Leaving Certificate Examination, 1923
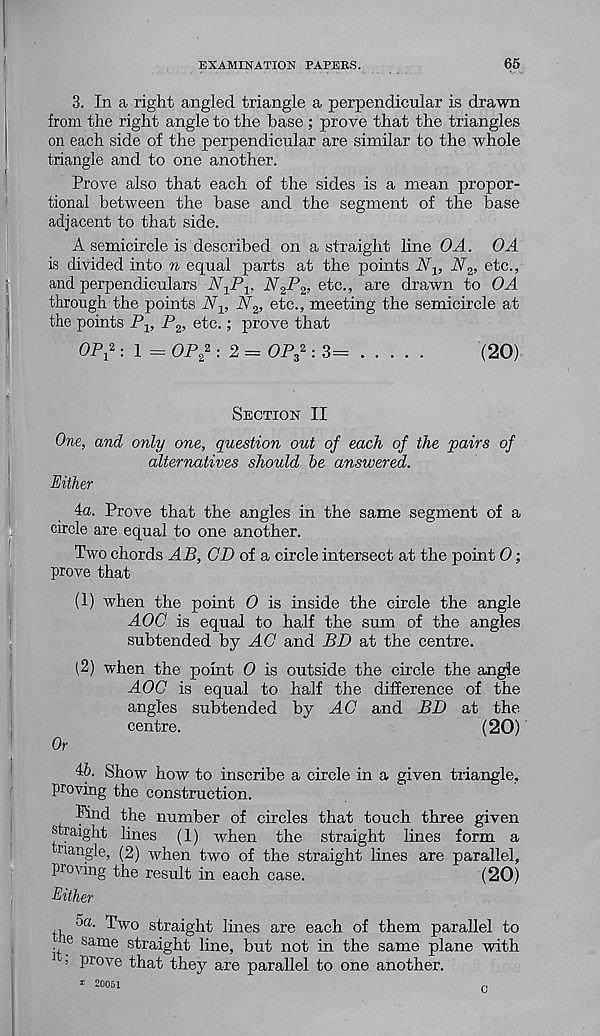
EXAMINATION PAPERS.
65
3. In a right angled triangle a perpendicular is drawn
from the right angle to the base ; prove that the triangles
on each side of the perpendicular are similar to the whole
triangle and to one another.
Prove also that each of the sides is a mean propor-
tional between the base and the segment of the base
adjacent to that side.
A semicircle is described on a straight line OA. OA
is divided into n equal parts at the points N v N 2 , etc.,
and perpendiculars A'jPj, N 2 P 2 , etc., are drawn to OA
through the points Aq, N 2 , etc., meeting the semicircle at
the points P 1; P 2 , etc.; prove that
OPj 2 : 1 = OP 2
2 : 2 - 0P 3
2 : 3=
(20)
Section II
One, and only one, question out of each of the pairs of
alternatives should be answered.
Either
4a. Prove that the angles in the same segment of a
circle are equal to one another.
Two chords AB, CD of a circle intersect at the point 0;
prove that
(1) when the point O is inside the circle the angle
AOC is equal to half the sum of the angles
subtended hy AC and BD at the centre.
(2) when the point 0 is outside the circle the angle
AOC is equal to half the difference of the
angles subtended by AC and BD at the
centre.
(20)
Or
45. Show how to inscribe a circle in a given triangle,
proving the construction.
Pind the number of circles that touch three given
straight lines (1) when the straight lines form a
nangle, (2) when two of the straight lines are parallel,
proving the result in each case.
(20)
Either
5a. Two straight lines are each of them parallel to
e same straight line, but not in the same plane with
j prove that they are parallel to one another.
* 20061
0